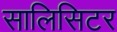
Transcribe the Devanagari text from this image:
सालिसिटर